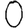
Digit: 0